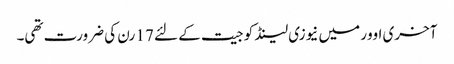
آخری اوور میں نیوزی لینڈ کو جیت کے لئے 17 رن کی ضرورت تھی۔